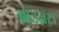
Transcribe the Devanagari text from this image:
ब्राउज़र।